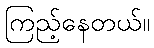
ကြည့်နေတယ်။